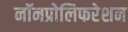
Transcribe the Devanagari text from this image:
नॉनप्रोलिफरेशन